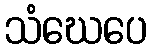
သံဃေပေ